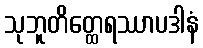
သုဘူတိတ္ထေရဿာပဒါနံ